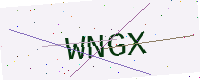
Text: WNGX